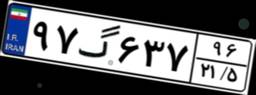
۹۷گ۶۳۷۹۶